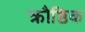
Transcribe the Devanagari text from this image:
क्रौष्ठिक